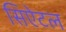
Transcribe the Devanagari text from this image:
सिऐटल